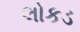
લોકડ